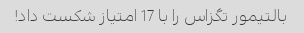
بالتیمور تگزاس را با 17 امتیاز شکست داد!